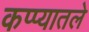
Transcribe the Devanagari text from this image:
कप्प्यातले